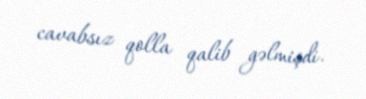
cavabsız qolla qalib gəlmişdi.